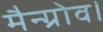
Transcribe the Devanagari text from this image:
मैन्ग्रोव।